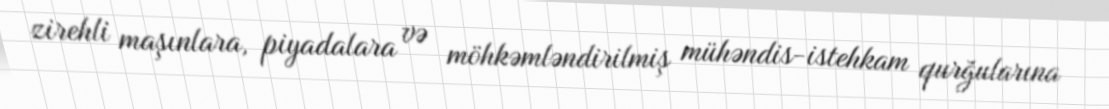
zirehli maşınlara, piyadalara və möhkəmləndirilmiş mühəndis-istehkam qurğularına